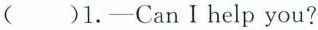
( )1.—CanⅠhelp you?